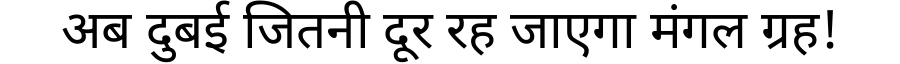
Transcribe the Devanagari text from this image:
अब दुबई जितनी दूर रह जाएगा मंगल ग्रह!